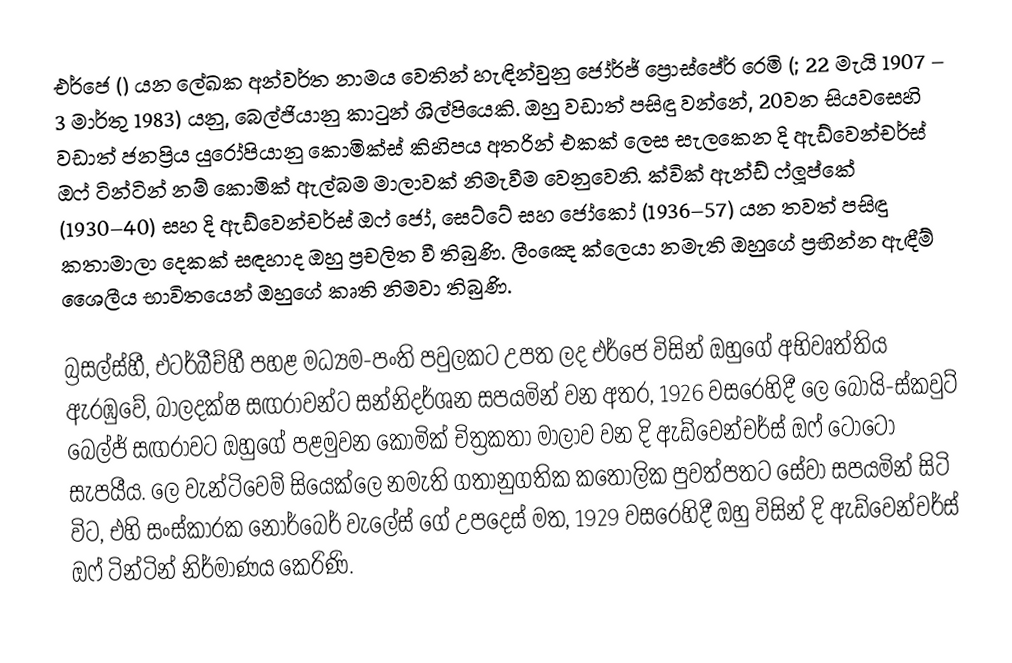
එර්ජෙ () යන ‍ලේඛක අන්වර්ත නාමය වෙතින් හැඳින්වුනු ජෝර්ජ් ප්‍රොස්පේර් රෙමි (; 22 මැයි 1907 – 3 මාර්තු 1983) යනු, බෙල්ජියානු  කාටුන් ශිල්පියෙකි.  ඔහු වඩාත් පසිඳු වන්නේ,  20වන සියවසෙහි වඩාත් ජනප්‍රිය  යුරෝපියානු කොමික්ස්  කිහිපය අතරින් එකක් ලෙස සැලකෙන  දි ඇඩ්වෙන්චර්ස් ඔෆ් ටින්ටින්  නම් කොමික් ඇල්බම මාලාවක් නිමැවීම වෙනුවෙනි. ක්වික් ඇන්ඩ් ෆ්ලූප්කේ (1930–40) සහ දි ඇඩ්වෙන්චර්ස් ඔෆ් ජෝ, සෙට්ටේ සහ ජෝකෝ (1936–57) යන තවත් පසිඳු කතාමාලා දෙකක් සඳහාද ඔහු ප්‍රචලිත වී තිබුණි. ලීංඤෙ ක්ලෙයා නමැති ඔහුගේ ප්‍රභින්න ඇඳීම් ශෛලීය භාවිතයෙන් ඔහුගේ කෘති නිමවා තිබුණි.

බ්‍රසල්ස්හී, එටර්බීච්හී පහළ මධ්‍යම-පංති පවුලකට උපත ලද එර්ජෙ විසින් ඔහුගේ අභිවෘත්තිය ඇරඹුවේ, බාලදක්ෂ සඟරාවන්ට සන්නිදර්ශන සපයමින් වන අතර, 1926 වසරෙහිදී ලෙ බෝයි-ස්කවුට් බෙල්ජ් සඟරාවට ඔහුගේ පළමුවන කොමික් චිත්‍රකතා මාලාව වන දි ඇඩ්වෙන්චර්ස් ඔෆ්  ටොටෝ සැපයීය. ලෙ වැන්ටිවෙම් සියෙක්ලෙ නමැති ගතානුගතික කතෝලික පුවත්පතට සේවා සපයමින් සිටි විට, එහි සංස්කාරක නොර්බෙර් වැලේස් ගේ උපදෙස් මත, 1929 වසරෙහිදී ඔහු විසින් දි ඇඩ්වෙන්චර්ස් ඔෆ් ටින්ටින් නිර්මාණය කෙරිණි.